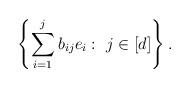
LaTeX: \begin{align*}\left\{\sum_{i=1}^{j} b_{ij} e_i:\ j \in [d]\right\}.\end{align*}